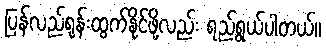
ပြန်လည်ရုန်းထွက်နိုင်ဖို့လည်း ရည်ရွယ်ပါတယ်။